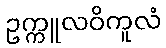
ဥက္ကူလဝိကူလံ